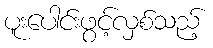
ပူးပေါင်းဖွင့်လှစ်သည့်